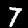
Digit: 7